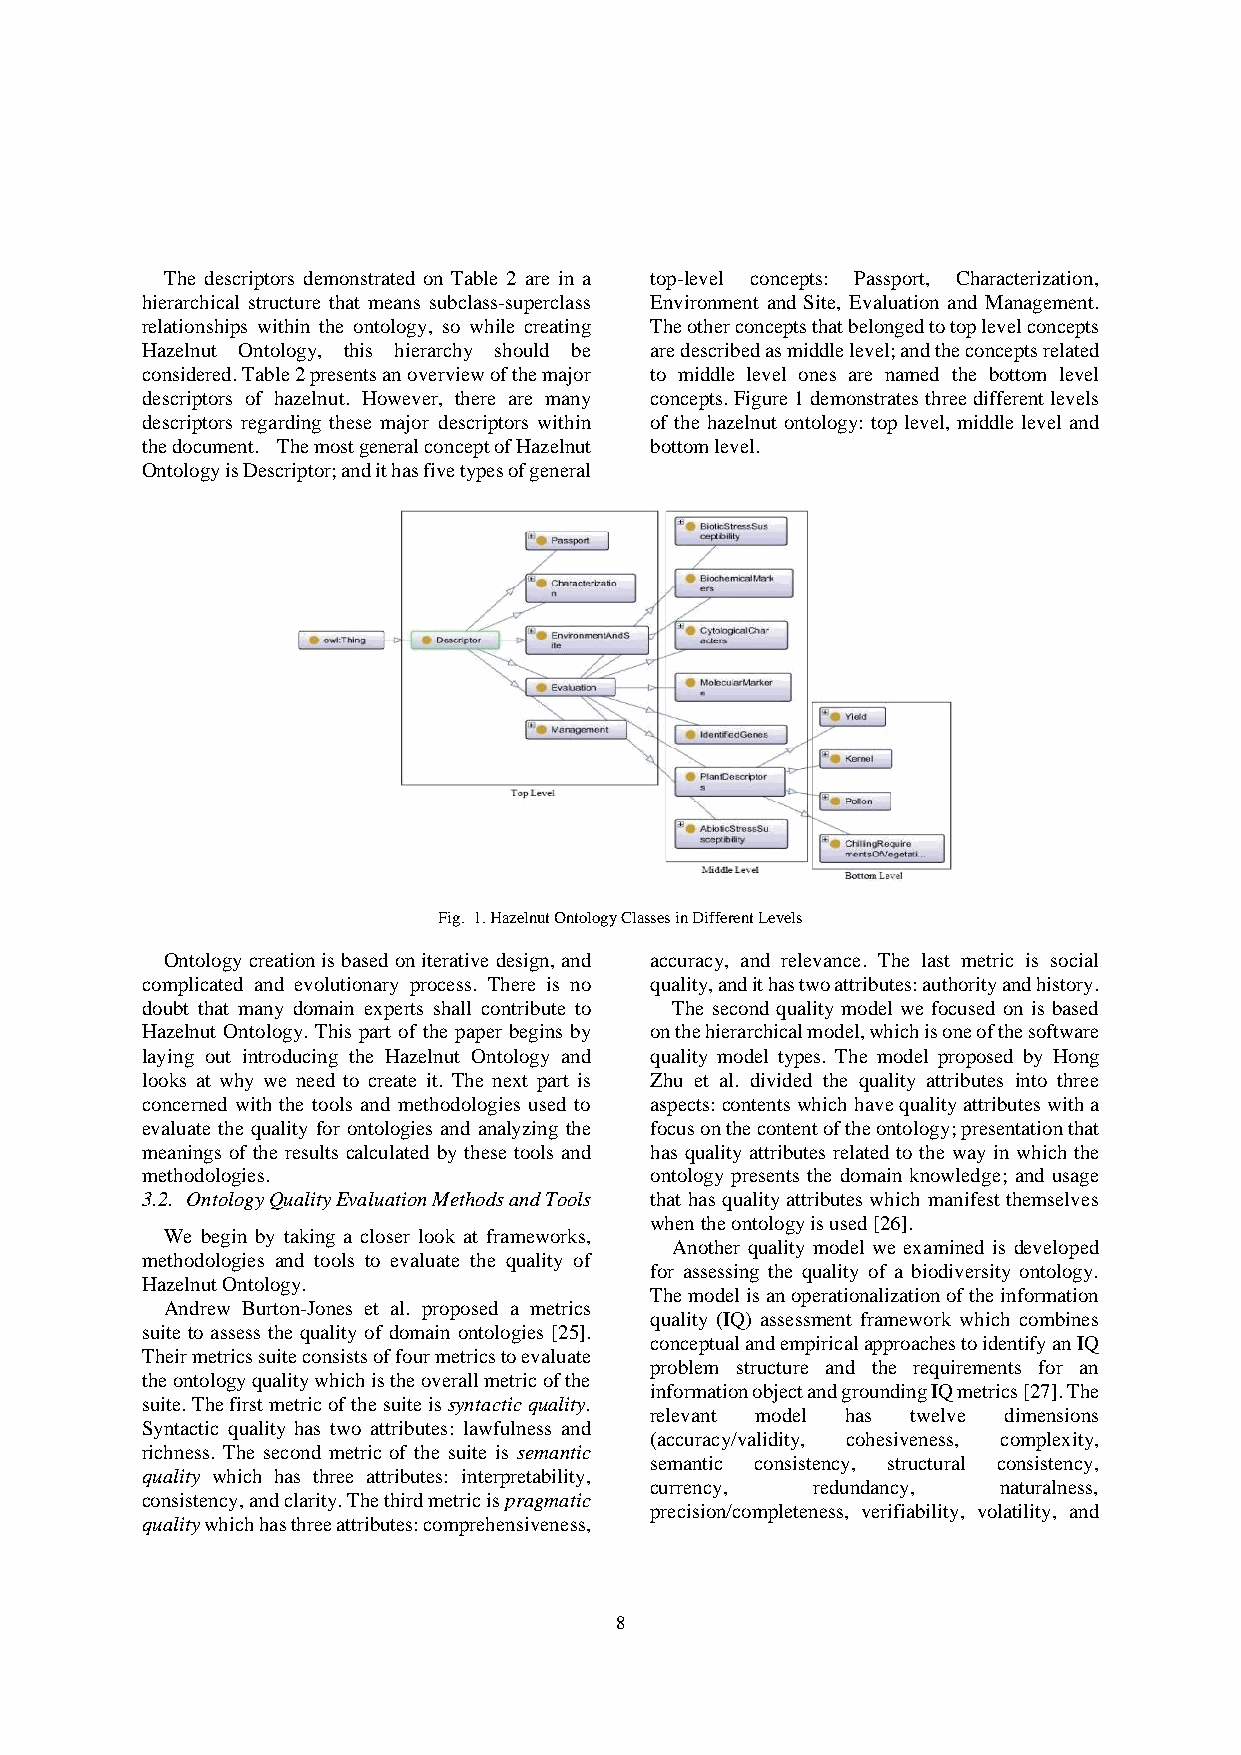
The descriptors demonstrated on Table 2 are in a top-level concepts: Passport, Characterization,
 hierarchical structure that means subclass-superclass Environment and Site, Evaluation and Management.
 relationships within the ontology, so while creating The other concepts that belonged to top level concepts
 Hazelnut Ontology, this hierarchy should be are described as middle level; and the concepts related
 considered. Table 2 presents an overview of the major to middle level ones are named the bottom level
 descriptors of hazelnut. However, there are many concepts. Figure 1 demonstrates three different levels
 descriptors regarding these major descriptors within of the hazelnut ontology: top level, middle level and
 the document. The most general concept of Hazelnut bottom level.
 Ontology is Descriptor; and it has five types of general
 Fig. 1. Hazelnut Ontology Classes in Different Levels
 Ontology creation is based on iterative design, and accuracy, and relevance. The last metric is social
 complicated and evolutionary process. There is no quality, and it has two attributes: authority and history.
 doubt that many domain experts shall contribute to The second quality model we focused on is based
 Hazelnut Ontology. This part of the paper begins by on the hierarchical model, which is one of the software
 laying out introducing the Hazelnut Ontology and quality model types. The model proposed by Hong
 looks at why we need to create it. The next part is Zhu et al. divided the quality attributes into three
 concerned with the tools and methodologies used to aspects: contents which have quality attributes with a
 evaluate the quality for ontologies and analyzing the focus on the content of the ontology; presentation that
 meanings of the results calculated by these tools and has quality attributes related to the way in which the
 methodologies.                    ontology presents the domain knowledge; and usage
 3.2. Ontology Quality Evaluation Methods and Tools that has quality attributes which manifest themselves
 when the ontology is used [26].
 We begin by taking a closer look at frameworks,
 Another quality model we examined is developed
 methodologies and tools to evaluate the quality of
 for assessing the quality of a biodiversity ontology.
 Hazelnut Ontology.
 The model is an operationalization of the information
 Andrew Burton-Jones et al. proposed a metrics
 quality (IQ) assessment framework which combines
 suite to assess the quality of domain ontologies [25].
 conceptual and empirical approaches to identify an IQ
 Their metrics suite consists of four metrics to evaluate
 problem structure and the requirements for an
 the ontology quality which is the overall metric of the
 information object and grounding IQ metrics [27]. The
 suite. The first metric of the suite is syntactic quality.
 relevant model has twelve dimensions
 Syntactic quality has two attributes: lawfulness and
 (accuracy/validity, cohesiveness, complexity,
 richness. The second metric of the suite is semantic
 semantic consistency, structural consistency,
 quality which has three attributes: interpretability,
 currency,  redundancy, naturalness,
 consistency, and clarity. The third metric is pragmatic
 precision/completeness, verifiability, volatility, and
 quality which has three attributes: comprehensiveness,
 8